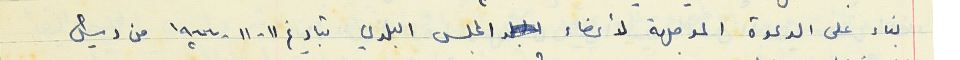
بناء على الدعوة الموجهة لأعضاء المجلس البلدي بتاريخ ١١ - ١١ - ١٩٦٦ من رئيس